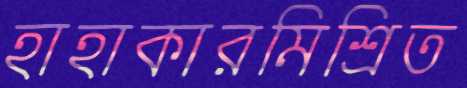
হাহাকারমিশ্রিত